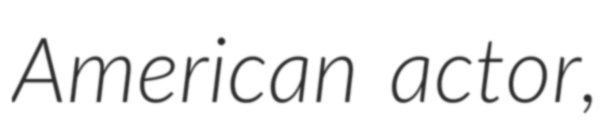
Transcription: American actor,